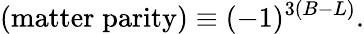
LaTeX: (\mathrm{matter\; parity})\equiv(-1)^{3(B-L)}.